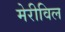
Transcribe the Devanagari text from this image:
मेरीविल